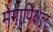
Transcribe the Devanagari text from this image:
मेगापिक्षेल